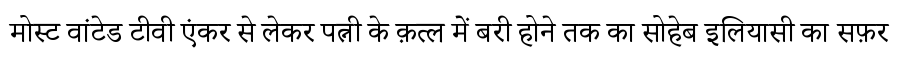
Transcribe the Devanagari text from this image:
मोस्ट वांटेड टीवी एंकर से लेकर पत्नी के क़त्ल में बरी होने तक का सोहेब इलियासी का सफ़र